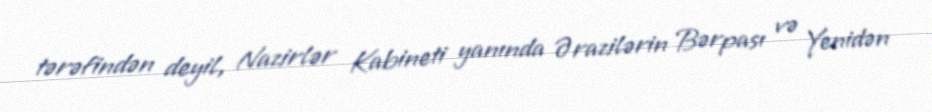
tərəfindən deyil, Nazirlər Kabineti yanında Ərazilərin Bərpası və Yenidən